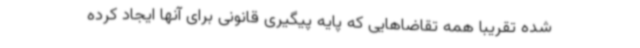
شده تقریبا همه تقاضاهایی که پایه پیگیری قانونی برای آنها ایجاد کرده